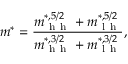
m ^ { * } = \frac { m _ { \mathrm { ~ h ~ h ~ } } ^ { * , 5 / 2 } + m _ { \mathrm { ~ l ~ h ~ } } ^ { * , 5 / 2 } } { m _ { \mathrm { ~ h ~ h ~ } } ^ { * , 3 / 2 } + m _ { \mathrm { ~ l ~ h ~ } } ^ { * , 3 / 2 } } ,